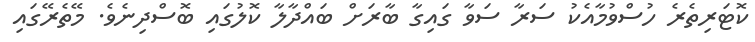
ކޮޓަރިތެރެ ހުސްވުމާއެކު ސަރާ ސަވާ ގައިގާ ބާރަށް ބައްދާލާ ކޮލުގައި ބޮސްދިނެވެ. މޭތެރޭގައި